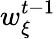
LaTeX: w_{\xi}^{t-1}